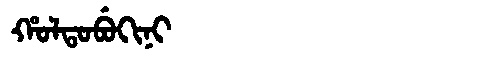
Manchu: ᡥᠣᠯᡨᠣᠪᡠᡴᡳᠨᡳ
Romanization: HOLTOBUKINI